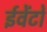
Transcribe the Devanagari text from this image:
ईवेंटों